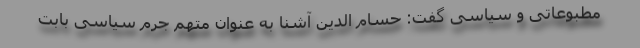
مطبوعاتی و سیاسی گفت: حسام الدین آشنا به عنوان متهم جرم سیاسی بابت